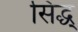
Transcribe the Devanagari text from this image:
सिद्ध्